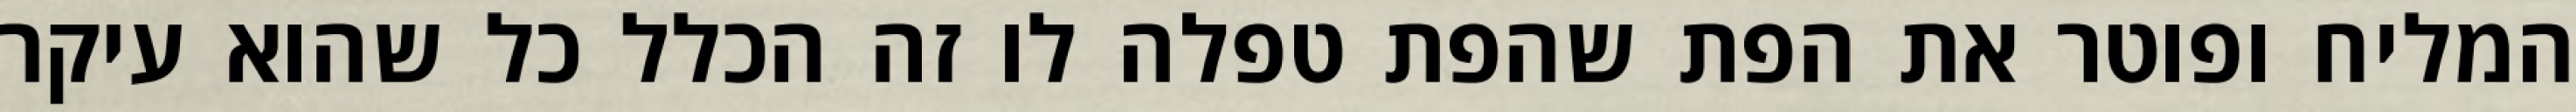
המליח ופוטר את הפת שהפת טפלה לו זה הכלל כל שהוא עיקר